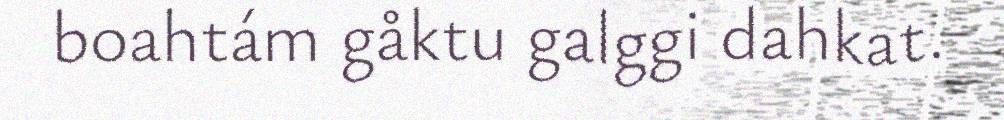
boahtám gåktu galggi dahkat.